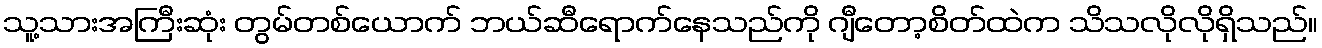
သူ့သားအကြီးဆုံး တွမ်တစ်ယောက် ဘယ်ဆီရောက်နေသည်ကို ဂျီတော့စိတ်ထဲက သိသလိုလိုရှိသည်။